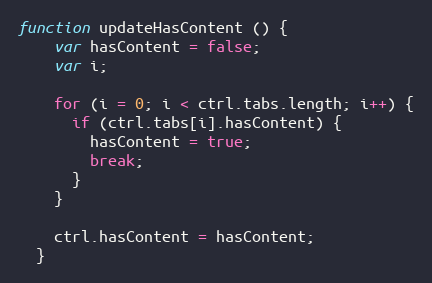
Language: JavaScript
function updateHasContent () {
    var hasContent = false;
    var i;

    for (i = 0; i < ctrl.tabs.length; i++) {
      if (ctrl.tabs[i].hasContent) {
        hasContent = true;
        break;
      }
    }

    ctrl.hasContent = hasContent;
  }